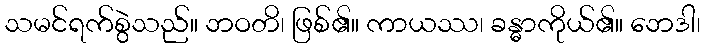
သမင်ရက်စွဲသည်။ ဘဝတိ၊ ဖြစ်၏။ ကာယဿ၊ ခန္ဓာကိုယ်၏။ ဘေဒါ၊